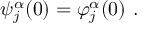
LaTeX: \psi _ { j } ^ { \alpha } ( 0 ) = \varphi _ { j } ^ { \alpha } ( 0 ) \ .